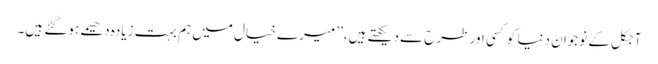
آجکل کے نوجوان دنیا کوکسی اور طرح سے دیکھتے ہیں،’’ میرے خیال میں ہم بہت زیادہ دھیمے ہوگئے ہیں۔